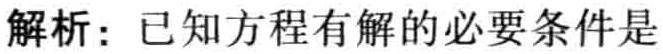
解析：已知方程有解的必要条件是